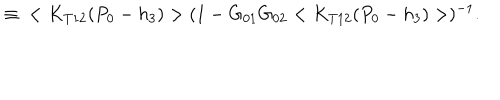
\, \, \equiv \, \, \, < K _ { T 1 2 } ( P _ { 0 } - h _ { 3 } ) > ( 1 - G _ { 0 1 } G _ { 0 2 } < K _ { T 1 2 } ( P _ { 0 } - h _ { 3 } ) > ) ^ { - 1 } .